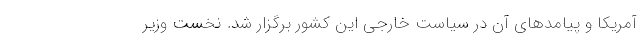
آمریکا و پیامدهای آن در سیاست خارجی این کشور برگزار شد. نخست وزیر